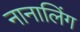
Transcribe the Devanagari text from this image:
नानालिंग